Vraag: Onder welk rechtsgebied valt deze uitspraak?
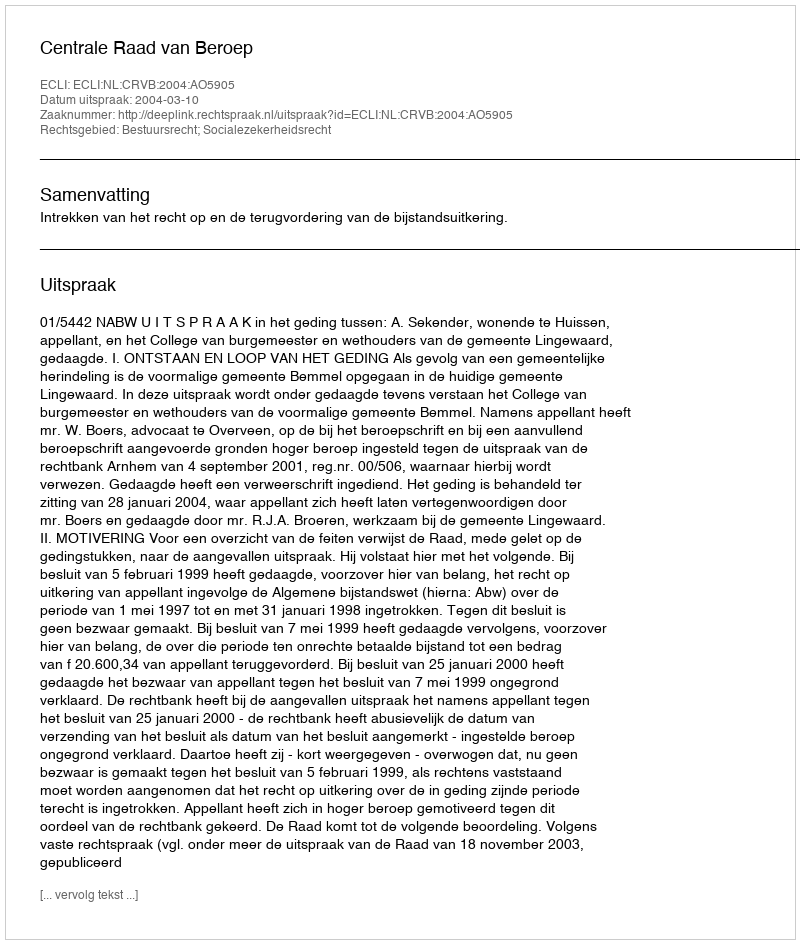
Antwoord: Bestuursrecht; Socialezekerheidsrecht